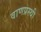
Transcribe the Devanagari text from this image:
वाणप्रस्थी